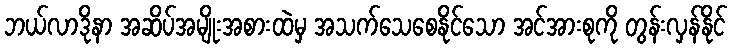
ဘယ်လာဒိုနာ အဆိပ်အမျိုးအစားထဲမှ အသက်သေစေနိုင်သော အင်အားစုကို တွန်းလှန်နိုင်